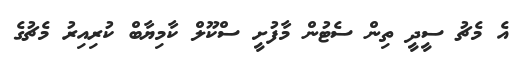
އެ މެޗު ސީދީ ތިން ސެޓުން މާފުށީ ސްކޫލް ކާމިޔާބް ކުރިއިރު މެޗުގެ